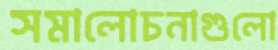
সমালোচনাগুলো